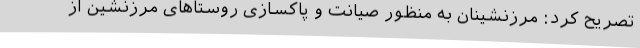
تصریح کرد: مرزنشینان به منظور صیانت و پاکسازی روستاهای مرزنشین از